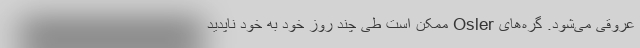
عروقی می‌شود. گره‌های Osler ممکن است طی چند روز خود به خود ناپدید